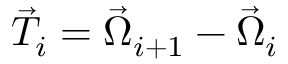
\vec { T } _ { i } = \vec { \Omega } _ { i + 1 } - \vec { \Omega } _ { i }